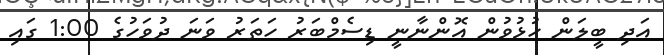
އަދި ބީލަން ހުޅުވުން އޮންނާނީ ޑިސެމްބަރު ހަތަރު ވަނަ ދުވަހުގެ 1:00 ގައި